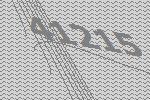
41215